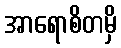
အာရောစိတမှိ